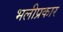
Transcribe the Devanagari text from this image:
भलीप्रकार